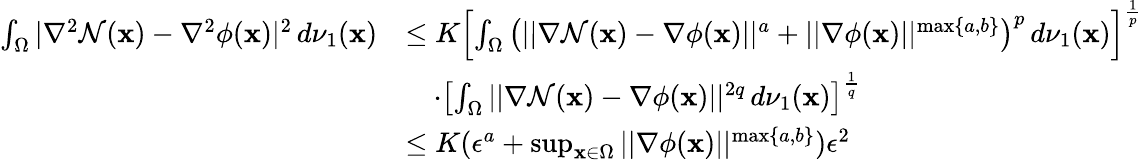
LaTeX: \begin{array}{rl}{\int_{\Omega}|\nabla^{2}\mathcal{N}(\mathbf{x})-\nabla^{2}\phi(\mathbf{x})|^{2}\, d\nu_{1}(\mathbf{x})}&{\leq K\left[\int_{\Omega}\left(||\nabla\mathcal{N}(\mathbf{x})-\nabla\phi(\mathbf{x})||^{a}+||\nabla\phi(\mathbf{x})||^{\operatorname*{max}\{ a,b\} }\right)^{p}\, d\nu_{1}(\mathbf{x})\right]^{\frac{1}{p}}}\\ &{\quad\cdot\left[\int_{\Omega}||\nabla\mathcal{N}(\mathbf{x})-\nabla\phi(\mathbf{x})||^{2q}\, d\nu_{1}(\mathbf{x})\right]^{\frac{1}{q}}}\\ &{\leq K(\epsilon^{a}+\operatorname*{sup}_{\mathbf{x}\in\Omega}||\nabla\phi(\mathbf{x})||^{\operatorname*{max}\{ a,b\} })\epsilon^{2}}\end{array}